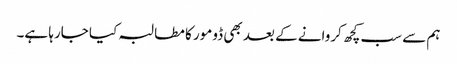
ہم سے سب کچھ کروانے کے بعد بھی ڈومور کا مطالبہ کیا جارہا ہے۔